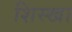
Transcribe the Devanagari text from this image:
शिस्खा